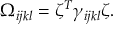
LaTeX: \Omega _ { i j k l } = \zeta ^ { T } \gamma _ { i j k l } \zeta .